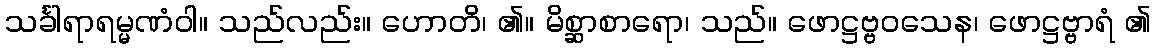
သင်္ခါရာရမ္မဏံဝါ။ သည်လည်း။ ဟောတိ၊ ၏။ မိစ္ဆာစာရော၊ သည်။ ဖောဋ္ဌဗ္ဗဝသေန၊ ဖောဋ္ဌဗ္ဗာရံ ၏